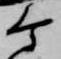
ヶ